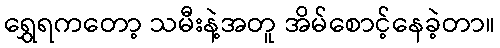
ရွှေရကတော့ သမီးနဲ့အတူ အိမ်စောင့်နေခဲ့တာ။